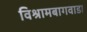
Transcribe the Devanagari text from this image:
विश्रामबागवाडा